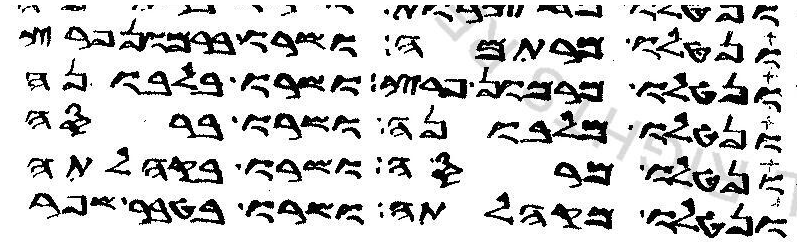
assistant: ונטלו מרתמה ושרו ברמון פרץ
ונטלו מרמון פרץ ושרו בלבונה
ונטלו מלבונה ושרו ברסה
ונטלו מרסה ושרו בקהלתה
ונטלו מקהלתה ושרו בטור שפר